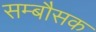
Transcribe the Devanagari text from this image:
सम्बौसक